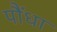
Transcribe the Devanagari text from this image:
पौंधा